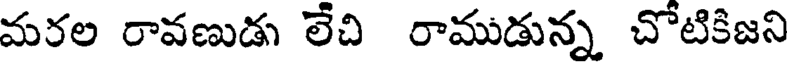
మరల రావణుడు లేచి రాముడున్న చోటికిజని